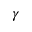
\gamma